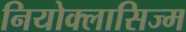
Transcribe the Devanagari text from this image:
नियोक्लासिज्म